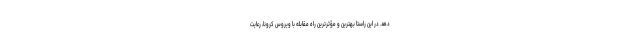
دهد. در این راستا بهترین و مؤثرترین راه مقابله با ویروس کرونا، رعایت